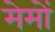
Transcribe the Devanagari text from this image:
मेमों